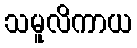
သမူလိကာယ